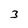
Character: 3